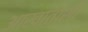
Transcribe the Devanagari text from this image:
आखाताशी